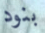
بنود